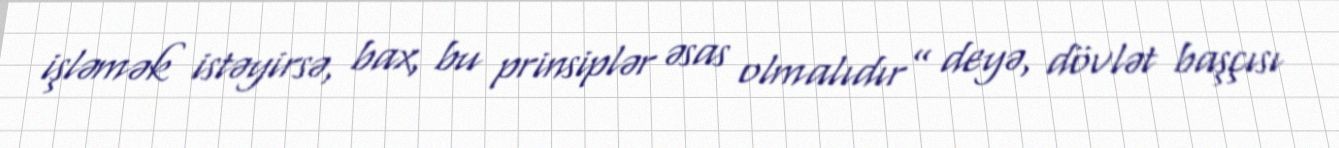
işləmək istəyirsə, bax, bu prinsiplər əsas olmalıdır” deyə, dövlət başçısı